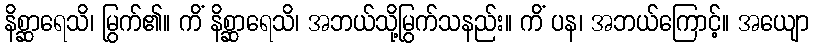
နိစ္ဆာရေသိ၊ မြွက်၏။ ကိံ နိစ္ဆာရေသိ၊ အဘယ်သို့မြွက်သနည်း။ ကိံ ပန၊ အဘယ်ကြောင့်။ အယျော